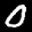
Label: 0